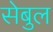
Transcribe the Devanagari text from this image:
सेबुल